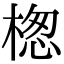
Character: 楤